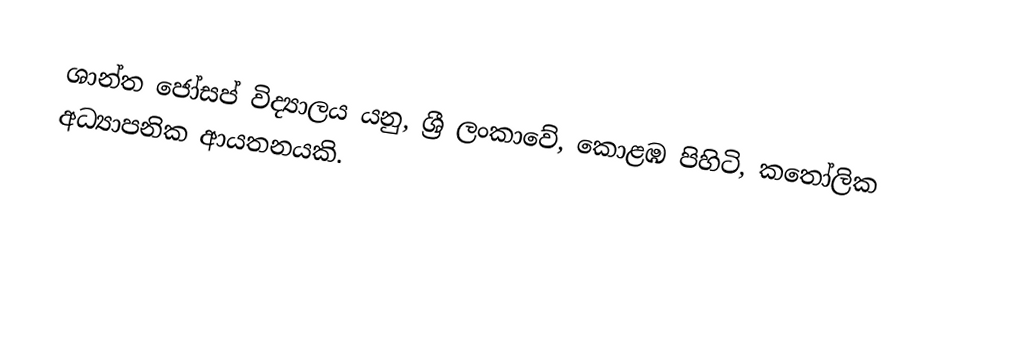
ශාන්ත ජෝසප් විද්‍යාලය යනු,  ශ්‍රී ලංකාවේ, කොළඹ පිහිටි, කතෝලික අධ්‍යාපනික ආයතනයකි.